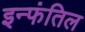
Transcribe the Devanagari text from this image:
इन्फंतिल